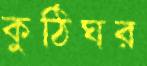
কুঠিঘর